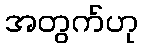
အတွက်ဟု